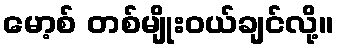
မော့စ် တစ်မျိုးဝယ်ချင်လို့။